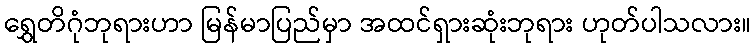
ရွှေတိဂုံဘုရားဟာ မြန်မာပြည်မှာ အထင်ရှားဆုံးဘုရား ဟုတ်ပါသလား။